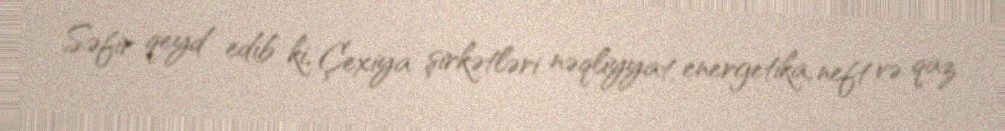
Səfir qeyd edib ki, Çexiya şirkətləri nəqliyyat, energetika, neft və qaz